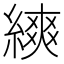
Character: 𦄍